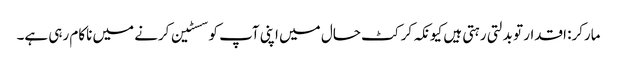
مارکر: اقدار تو بدلتی رہتی ہیں کیونکہ کرکٹ حال میں اپنی آپ کو سسٹین کرنے میں ناکام رہی ہے۔